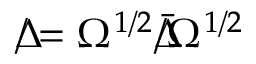
\Delta \! \! \! \! / = \Omega ^ { 1 / 2 } { \bar { \Delta } } \! \! \! \! / \Omega ^ { 1 / 2 }